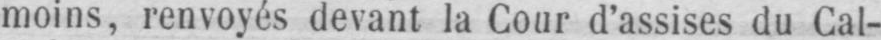
moins, renvoyés devant la Cour d’assises du Cal-